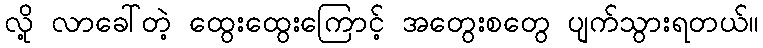
လို့ လာခေါ်တဲ့ ထွေးထွေးကြောင့် အတွေးစတွေ ပျက်သွားရတယ်။